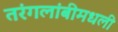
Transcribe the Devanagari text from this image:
तरंगलांबीमधली